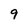
Character: 9